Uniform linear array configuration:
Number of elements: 4
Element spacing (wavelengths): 0.75
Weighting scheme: hann
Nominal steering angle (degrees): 15
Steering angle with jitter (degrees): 16.449
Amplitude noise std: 0.05
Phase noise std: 0.05

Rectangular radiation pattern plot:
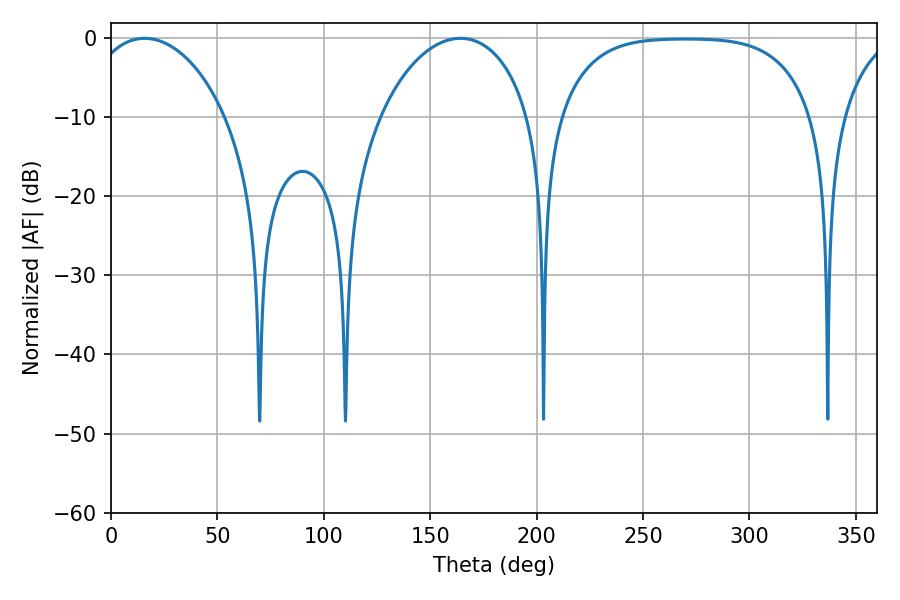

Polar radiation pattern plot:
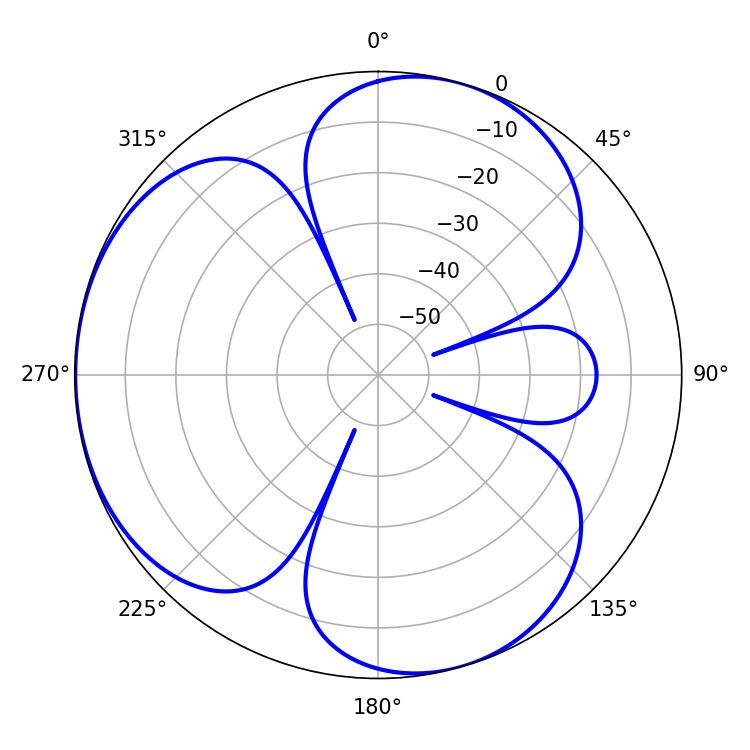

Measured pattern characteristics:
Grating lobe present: TRUE
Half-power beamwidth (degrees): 37.08
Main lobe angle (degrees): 15.84